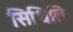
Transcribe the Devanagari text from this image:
सिथिति